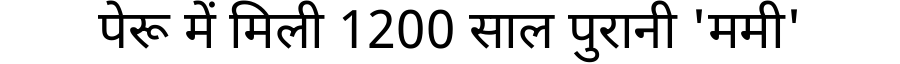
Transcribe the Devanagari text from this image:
पेरू में मिली 1200 साल पुरानी 'ममी'